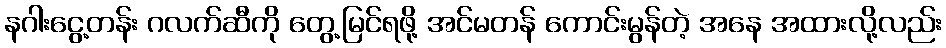
နဂါးငွေ့တန်း ဂလက်ဆီကို တွေ့မြင်ရဖို့ အင်မတန် ကောင်းမွန်တဲ့ အနေ အထားလို့လည်း